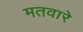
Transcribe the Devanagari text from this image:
मतवारे